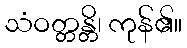
သံဝတ္တန္တိ၊ ကုန်၏။